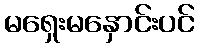
မရှေးမနှောင်းပင်